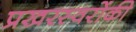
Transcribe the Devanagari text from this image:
प्रखरस्वरोंकी